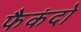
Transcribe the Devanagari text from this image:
फैकंदो